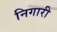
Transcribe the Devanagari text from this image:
निगारी